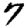
Digit: 7